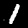
Label: 1